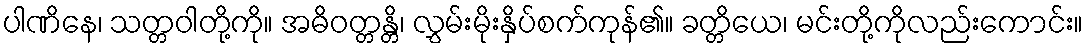
ပါဏိနေ၊ သတ္တဝါတို့ကို။ အဓိဝတ္တန္တိ၊ လွှမ်းမိုးနှိပ်စက်ကုန်၏။ ခတ္တိယေ၊ မင်းတို့ကိုလည်းကောင်း။